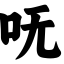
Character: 呒